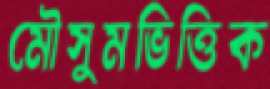
মৌসুমভিত্তিক